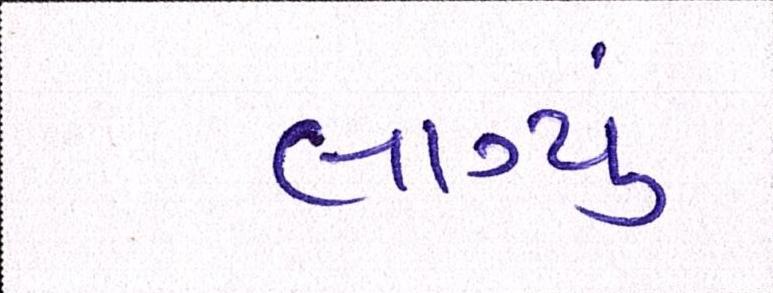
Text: લાગ્યું